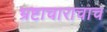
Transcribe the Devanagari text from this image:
भ्रष्टाचाराचाच